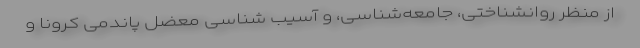
از منظرِ روانشناختی، جامعه‌شناسی، و آسیب شناسی معضل پاندمی کرونا و